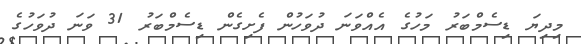
މިދިޔަ ޑިސެމްބަރު މަހުގެ އެއްވަނަ ދުވަހުން ފެށިގެން ޑިސެމްބަރު 31 ވަނަ ދުވަހުގެ